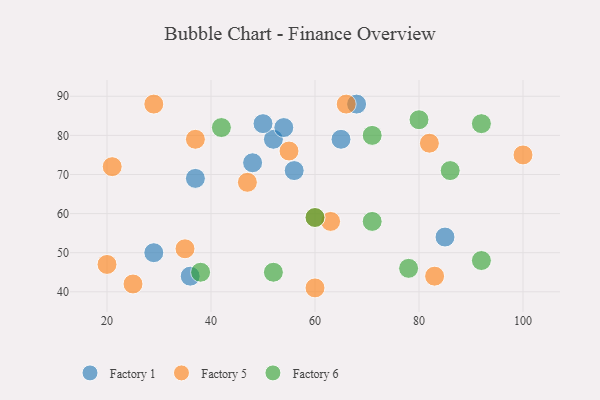
{"axis": {"x": "GDP", "y": "Life Expectancy"}, "legend": ["Factory 1", "Factory 5", "Factory 6"], "data": [{"x": "68", "y": 88, "type": "Factory 1"}, {"x": "37", "y": 69, "type": "Factory 1"}, {"x": "52", "y": 79, "type": "Factory 1"}, {"x": "29", "y": 50, "type": "Factory 1"}, {"x": "65", "y": 79, "type": "Factory 1"}, {"x": "56", "y": 71, "type": "Factory 1"}, {"x": "85", "y": 54, "type": "Factory 1"}, {"x": "54", "y": 82, "type": "Factory 1"}, {"x": "50", "y": 83, "type": "Factory 1"}, {"x": "48", "y": 73, "type": "Factory 1"}, {"x": "36", "y": 44, "type": "Factory 1"}, {"x": "63", "y": 58, "type": "Factory 5"}, {"x": "37", "y": 79, "type": "Factory 5"}, {"x": "55", "y": 76, "type": "Factory 5"}, {"x": "60", "y": 41, "type": "Factory 5"}, {"x": "47", "y": 68, "type": "Factory 5"}, {"x": "83", "y": 44, "type": "Factory 5"}, {"x": "82", "y": 78, "type": "Factory 5"}, {"x": "25", "y": 42, "type": "Factory 5"}, {"x": "20", "y": 47, "type": "Factory 5"}, {"x": "60", "y": 59, "type": "Factory 5"}, {"x": "35", "y": 51, "type": "Factory 5"}, {"x": "100", "y": 75, "type": "Factory 5"}, {"x": "21", "y": 72, "type": "Factory 5"}, {"x": "29", "y": 88, "type": "Factory 5"}, {"x": "66", "y": 88, "type": "Factory 5"}, {"x": "42", "y": 82, "type": "Factory 6"}, {"x": "38", "y": 45, "type": "Factory 6"}, {"x": "52", "y": 45, "type": "Factory 6"}, {"x": "71", "y": 80, "type": "Factory 6"}, {"x": "60", "y": 59, "type": "Factory 6"}, {"x": "92", "y": 48, "type": "Factory 6"}, {"x": "78", "y": 46, "type": "Factory 6"}, {"x": "92", "y": 83, "type": "Factory 6"}, {"x": "80", "y": 84, "type": "Factory 6"}, {"x": "86", "y": 71, "type": "Factory 6"}, {"x": "71", "y": 58, "type": "Factory 6"}]}